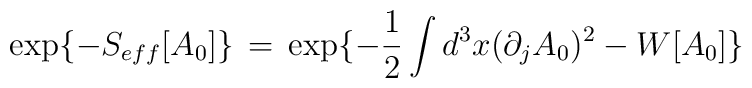
\exp\{-S_{eff}[A_0]\}\,=\,\exp \{-\frac{1}{2} \int d^3x (\partial_jA_0)^2- W[A_0]\}